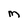
Character: M